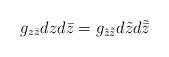
LaTeX: \begin{align*}g_{z\bar z}dz d\bar z =g_{\tilde z \tilde {\bar z} }d{\tilde z}d\tilde {\bar z}\end{align*}